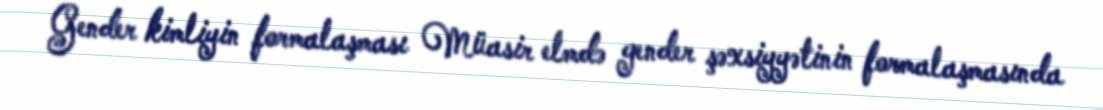
Gender kimliyin formalaşması Müasir elmdə gender şəxsiyyətinin formalaşmasında